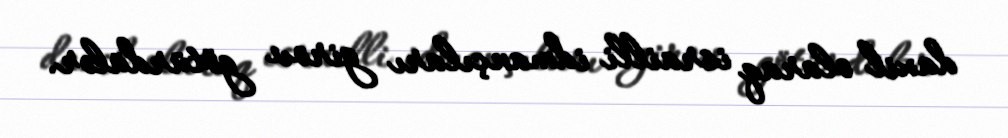
daxil olaraq israilli idmançıları girov götürdülər.